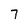
Character: 7